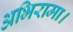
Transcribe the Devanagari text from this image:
अभिरामा।